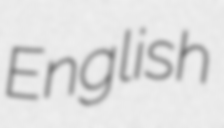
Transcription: English